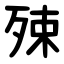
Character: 殐